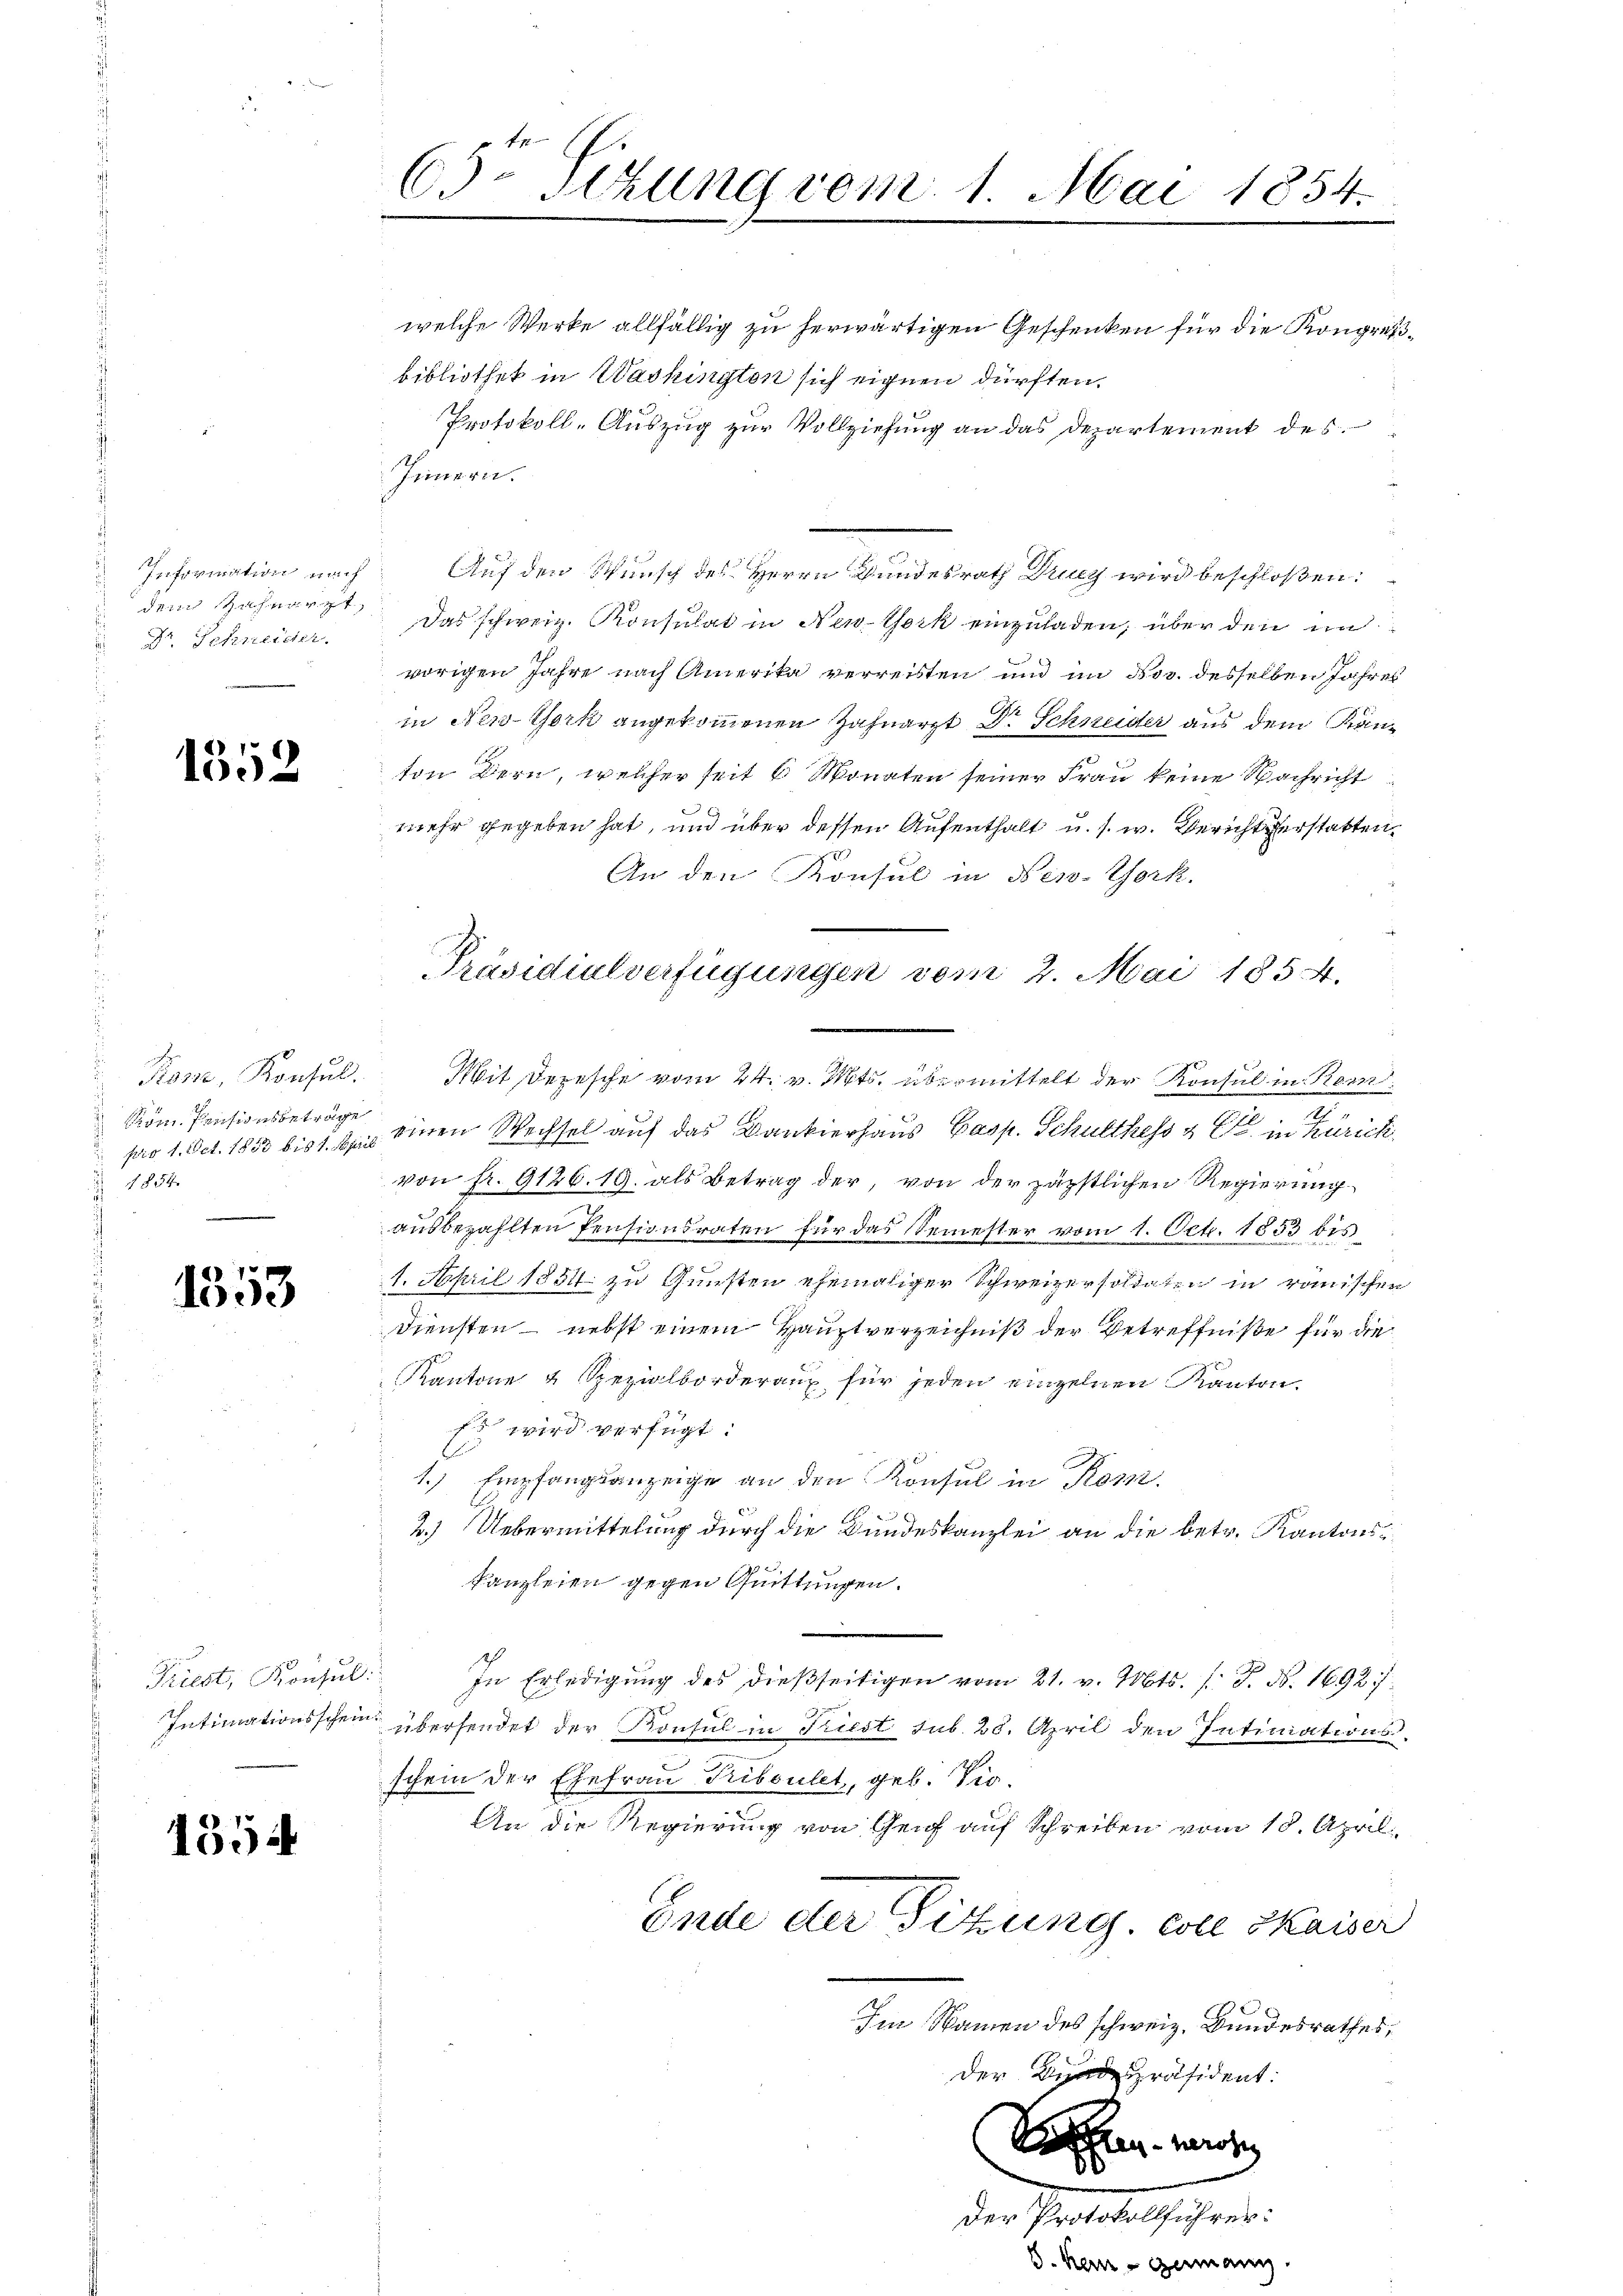
Information nach
Dr. Schneider
d

1352

Kon, Konsul
Köm. Pensionsbeträge
pro 1. Oct. 1853 bis 1. April
1854

1353

Triest, Konsul

1354

65. Sizung vom 1. Mai 1854.

welche Werke allfällig zu herwärtigen Geschenken für die Kongreibibliothet in Washingten sich eignen dürften.
Protokoll-Auszug zur Vollziehung an das Departement des
Innern.
Auf den Wunsch des Herrn Bundesrath Drucz wird beschloßen:
dem Zahnarzt, das schweiz. Konsulat in New-York einzuladen, über den in
vorigen Jahre nach Amerika verreisten und im Nov. desselben Jahres
in New-York angekommenen Zahnarzt Dr Schneider aus dem Kanton Bern, welcher seit 6 Monaten seiner Frau keine Nachricht
mehr gegeben hat, und über dessen Aufenthalt u. s. w. Bericht erstatten.
An den Konsul in New-York.
Mit Depesche vom 24. v. Mts. übermittelt der Konsul in Rem
2
einen Wechsel auf das Bankierhaus Casp. Schulthess z. B. in Zürich
von fr. 9126. 19. als Betrag der, von der päpstlichen Regierung
ausbezahlten Pensionsraten für das Semester vom 1. Oct. 1853 bis
1. April 1851 zu Gunsten ehemaliger Schweizersoldaten in römischen
Diensten – nebst einem Hauptverzeichniß der Betreffniße für die
Kantone 4 Spezialborderaux für jeden einzelnen Kanton.
Es wird verfügt:
1.) Empfangsanzeige an den Konsul in Kom
2.) Uebermittelung durch die Bundeskanzlei an die betr. Kantons¬
Kanzleien gegen Quittungen.
In Erledigung des dießseitigen vom 21. v. Mts. s. S. Nr. 1692/
Intimationsschein übersendet der Konsul in Triest sub. 28. April den Intimations.
schein der Ehefrau Triboulet, geb. Vio¬
An die Regierung von Genf auf Schreiben vom 18. April
Ende der Sitzung, Coll Kaiser
2
Im Namen des schweiz. Bundesrathes,
der Bundespräsident:
Seren werden
Der Protokollführer:
e
S. Kein

Präsidialverfügungen vom 2. Mai 1854.